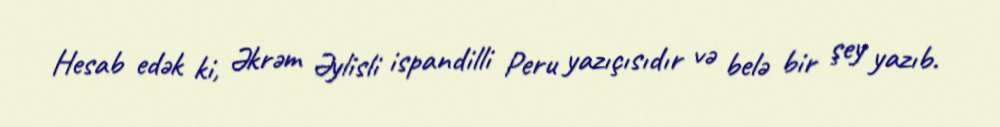
Hesab edək ki, Əkrəm Əylisli ispandilli Peru yazıçısıdır və belə bir şey yazıb.